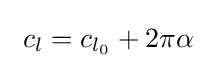
\ c_{l}=c_{l_{0}}+2\pi \alpha